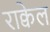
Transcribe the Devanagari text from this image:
राक्वेल